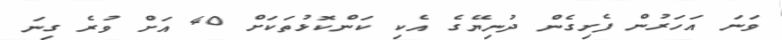
ވަނަ އަހަރުން ފެށިގެން ދުނިޔޭގެ އެކި ކަންކޮޅުތަކަށް 40 އަށް ވުރެ ގިނަ